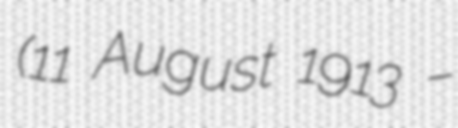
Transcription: (11 August 1913 –